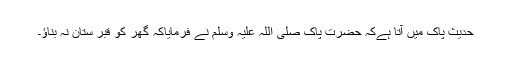
حدیث پاک میں آتا ہےکہ حضرت پاک صلی اللہ علیہ وسلم نے فرمایاکہ گھر کو قبر ستان نہ بناؤ۔